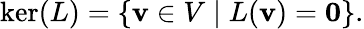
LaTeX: \ker(L)=\left\{ \mathbf{v}\in V\mid L(\mathbf{v})=\mathbf{0}\right\} {\mathrm{.}}